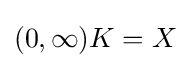
{\textstyle (0,\infty )K=X}